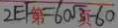
2 E F = 6 0 \sqrt { 3 } - 6 0